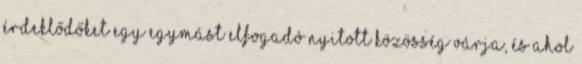
érdeklődőket egy egymást elfogadó nyitott közösség várja, és ahol